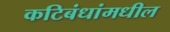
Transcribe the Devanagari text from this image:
कटिबंधांमधील